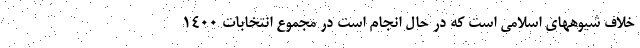
خلاف شیوههای اسلامی است که در حال انجام است در مجموع انتخابات 1400